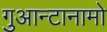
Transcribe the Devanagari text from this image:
गुआन्टानामो